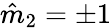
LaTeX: \hat{m}_{2}=\pm 1